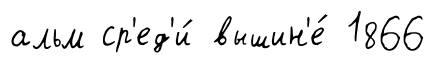
альм ср'ед'и́ вышин'е́ 1866